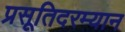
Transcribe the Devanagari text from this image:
प्रसूतिदरम्यान